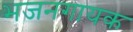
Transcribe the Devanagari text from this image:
भजनगायक